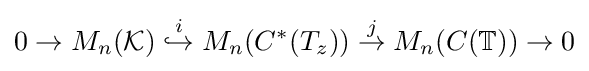
0\rightarrow M_{n}({\mathcal {K}})\;{\stackrel {i}{\hookrightarrow }}\;M_{n}(C^{*}(T_{z}))\;{\stackrel {j}{\rightarrow }}\;M_{n}(C(\mathbb {T} ))\rightarrow 0